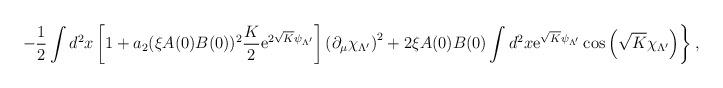
LaTeX: \begin{align*}\left.-\frac12\int d^2x\left[1+a_2(\xi A(0)B(0))^2\frac{K}{2}{\rm e}^{2\sqrt{K}\psi_{\Lambda'}}\right]\left(\partial_\mu\chi_{\Lambda'}\right)^2+2\xi A(0)B(0)\int d^2x{\rm e}^{\sqrt{K}\psi_{\Lambda'}}\cos\left(\sqrt{K}\chi_{\Lambda'}\right)\right\},\end{align*}